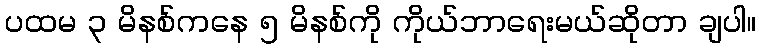
ပထမ ၃ မိနစ်ကနေ ၅ မိနစ်ကို ကိုယ်ဘာရေးမယ်ဆိုတာ ချပါ။